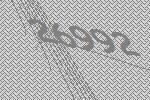
26992